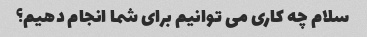
سلام چه کاری می توانیم برای شما انجام دهیم؟